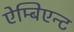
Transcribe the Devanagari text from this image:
ऐम्बिएन्ट